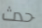
حدث